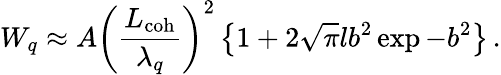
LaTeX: W_{q}\approx A\left(\frac{L_{\mathrm{coh}}}{\lambda_{q}}\right)^{2}\left\{ 1+2\sqrt{\pi}lb^{2}\exp{-b^{2}}\right\} \, .